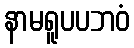
နာမရူပပဘဝံ